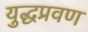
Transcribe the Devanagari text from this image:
युद्धप्रवण